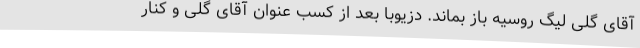
آقای گلی لیگ روسیه باز بماند. دزیوبا بعد از کسب عنوان آقای گلی و کنار